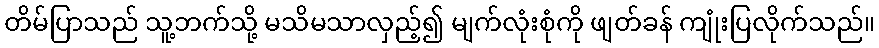
တိမ်ပြာသည် သူ့ဘက်သို့ မသိမသာလှည့်၍ မျက်လုံးစုံကို ဖျတ်ခန် ကျုံးပြလိုက်သည်။